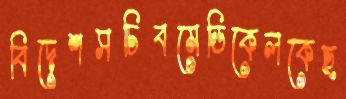
বিদেশসচিবমেডিকেলকেছ